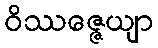
ဝိဿဇ္ဇေယျာ